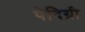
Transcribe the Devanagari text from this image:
पेदिग्री